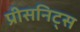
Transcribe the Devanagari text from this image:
प्रीसनिट्स